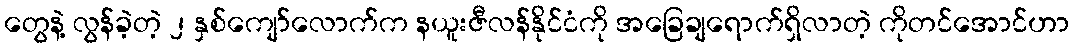
တွေနဲ့ လွန်ခဲ့တဲ့ ၂ နှစ်ကျော်လောက်က နယူးဇီလန်နိုင်ငံကို အခြေချရောက်ရှိလာတဲ့ ကိုတင်အောင်ဟာ